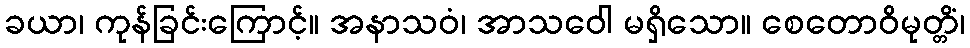
ခယာ၊ ကုန်ခြင်းကြောင့်။ အနာသဝံ၊ အာသဝေါ မရှိသော။ စေတောဝိမုတ္တိံ၊